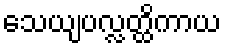
သေယျပလ္လတ္ထိကာယ